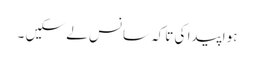
ہوا پیدا کی تاکہ سانس لے سکیں ۔